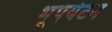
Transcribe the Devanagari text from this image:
भूपर्यटन